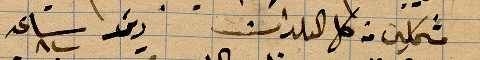
مشملين من كل البلدات ... ساعة ٨